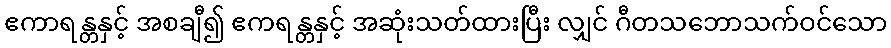
ဧကာရန္တနှင့် အစချီ၍ ဧကရန္တနှင့် အဆုံးသတ်ထားပြီး လျှင် ဂီတသဘောသက်ဝင်သော